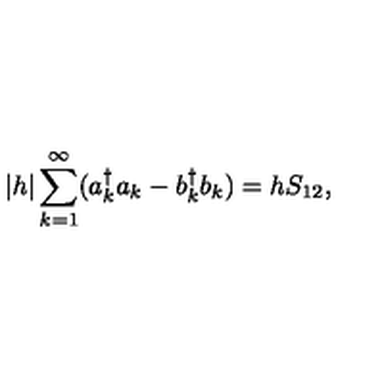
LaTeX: | h | \sum _ { k = 1 } ^ { \infty } ( a _ { k } ^ { \dagger } a _ { k } - b _ { k } ^ { \dagger } b _ { k } ) = h S _ { 1 2 } ,